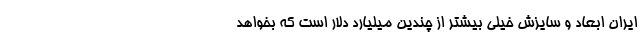
ایران ابعاد و سایزش خیلی بیشتر از چندین میلیارد دلار است که بخواهد